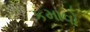
કમાવો